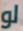
لو